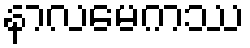
နာလမေကဿ